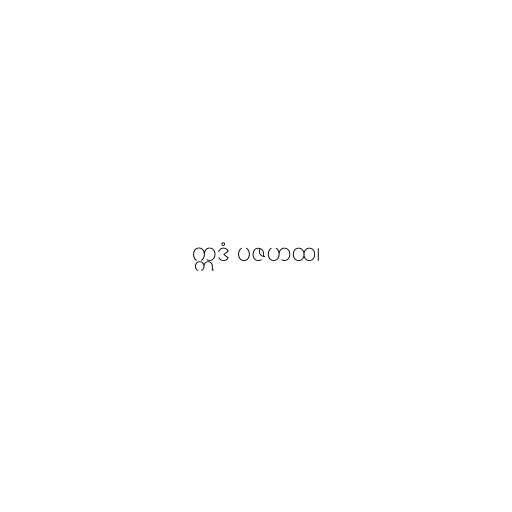
ဣဒံ ပဇဟထ၊